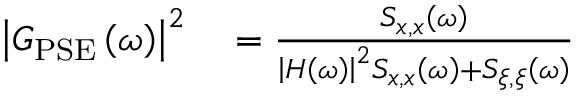
\begin{array} { r } { \begin{array} { r l } { \bigl | G _ { \mathrm { P S E } } \left( \omega \right) \bigr | ^ { 2 } } & { { } = \frac { S _ { x , x } \left( \omega \right) } { \left| H \left( \omega \right) \right| ^ { 2 } S _ { x , x } \left( \omega \right) + S _ { \xi , \xi } \left( \omega \right) } } \end{array} } \end{array}